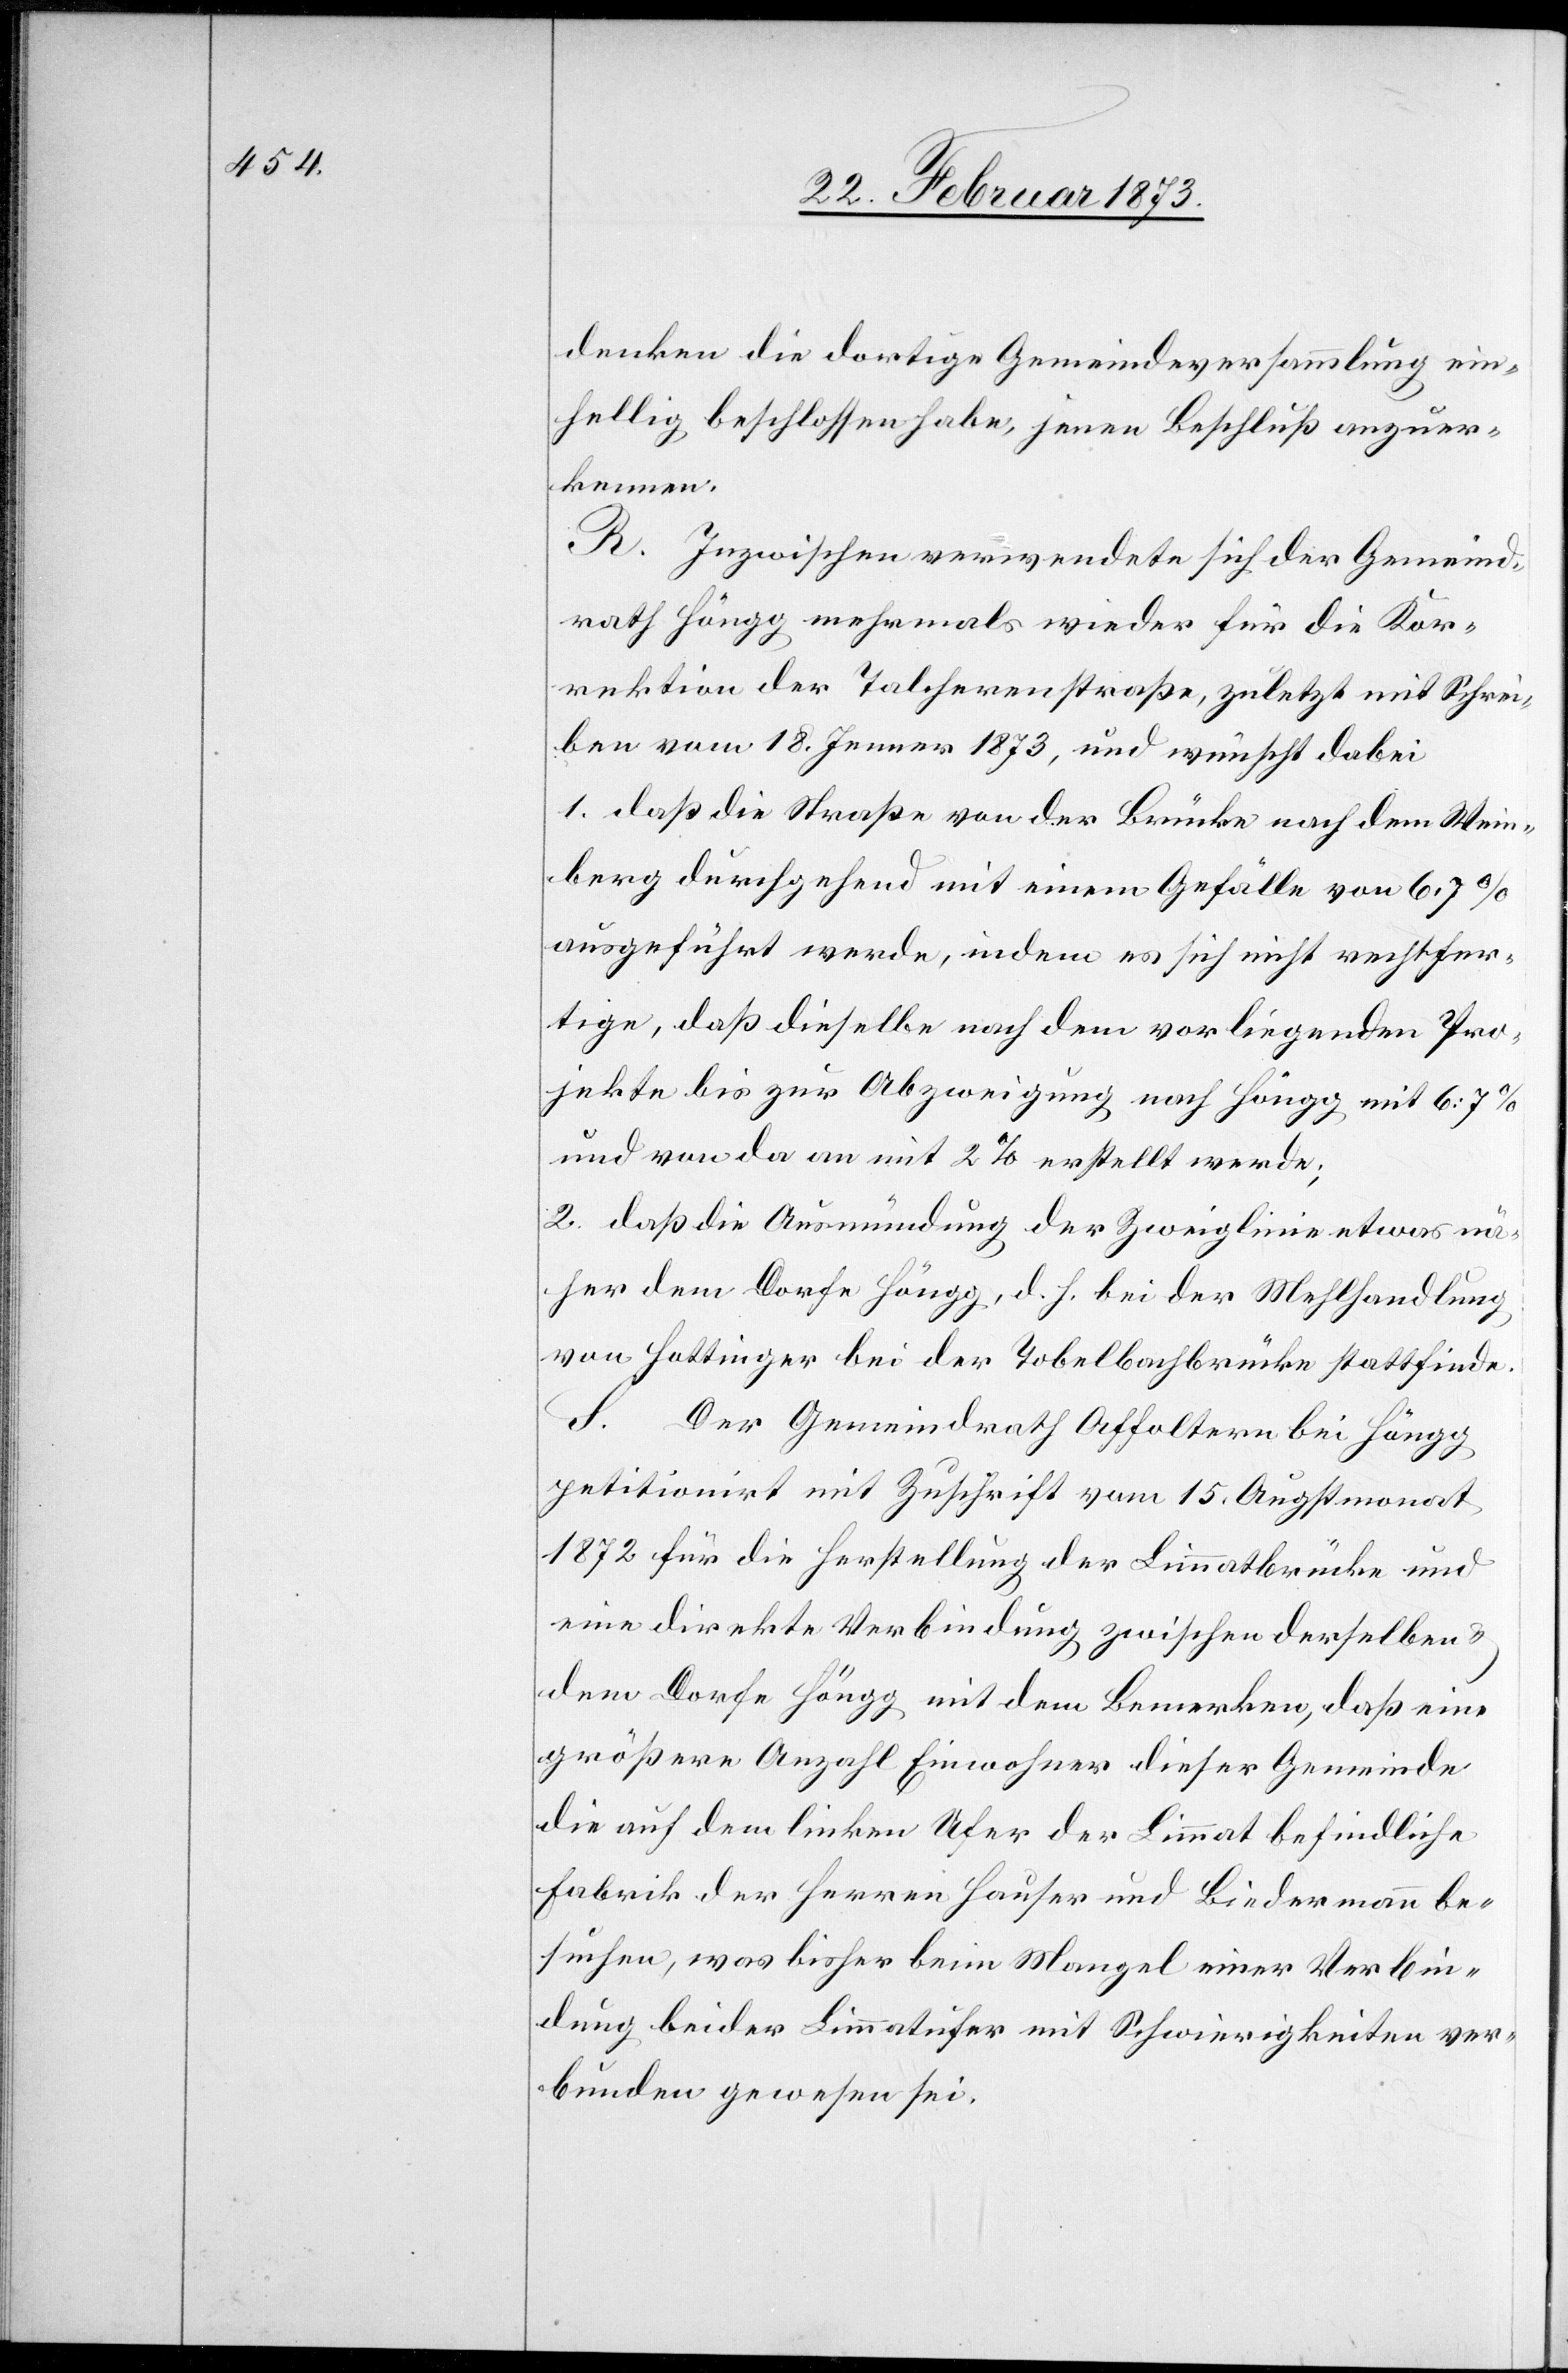
denken die dortige Gemeindeversammlung ein¬
hellig beschlossen habe, jenen Beschluß anzuer¬
kennen.
R. Inzwischen verwendete sich der Gemeind¬
rath Höngg mehrmals wieder für die Kor¬
rektion der Talcherenstraße, zuletzt mit Schrei¬
ben vom 18. Jenner 1873, und wünscht dabei
1. daß die Straße von der Brücke nach dem Wein¬
berg durchgehend mit einem Gefälle von 6.7%
ausgeführt werde, indem es sich nicht rechtfer¬
tige, daß dieselbe nach dem vorliegenden Pro¬
jekte bis zur Abzweigung nach Höngg mit 6:7%
und von da an mit 2% erstellt werde;
2. daß die Ausmündung der Zweiglinie etwas nä¬
her dem Dorfe Höngg, d. h. bei der Mehlhandlung
von Hottinger bei der Tobelbachbrücke stattfinde.
S. Der Gemeindrath Affoltern bei Höngg
petitionirt mit Zuschrift vom 15. Augstmonat
1872 für die Herstellung der Limmatbrücke und
eine direkte Verbindung zwischen derselben u.
dem Dorfe Höngg mit dem Bemerken, daß eine
größere Anzahl Einwohner dieser Gemeinde
die auf dem linken Ufer der Limmat befindliche
Fabrik der Herren Hauser und Biedermann be¬
suchen, was bisher beim Mangel einer Verbin¬
dung beider Limmatufer mit Schwierigkeiten ver¬
bunden gewesen sei.